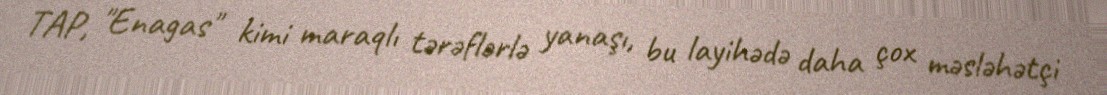
TAP, "Enagas" kimi maraqlı tərəflərlə yanaşı, bu layihədə daha çox məsləhətçi